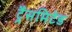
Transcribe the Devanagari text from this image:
ट्रैंसमिटेड